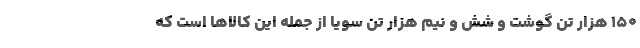
۱۵۰ هزار تن گوشت و شش و نیم هزار تن سویا از جمله این کالاها است که